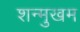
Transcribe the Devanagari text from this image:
शन्मुखम